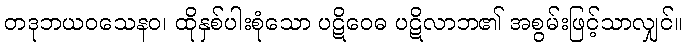
တဒုဘယဝသေနဝ၊ ထိုနှစ်ပါးစုံသော ပဋိဝေဓ ပဋိလာဘ၏ အစွမ်းဖြင့်သာလျှင်။